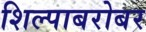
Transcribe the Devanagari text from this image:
शिल्पाबरोबर